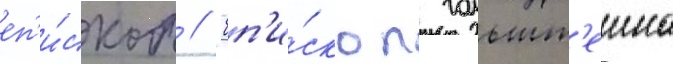
еп'и́скоп // Еп'и́скоп гольшт'еина